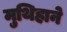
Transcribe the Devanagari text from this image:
मुथिहाने